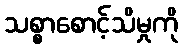
သစ္စာစောင့်သိမှုကို